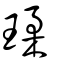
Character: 瑈